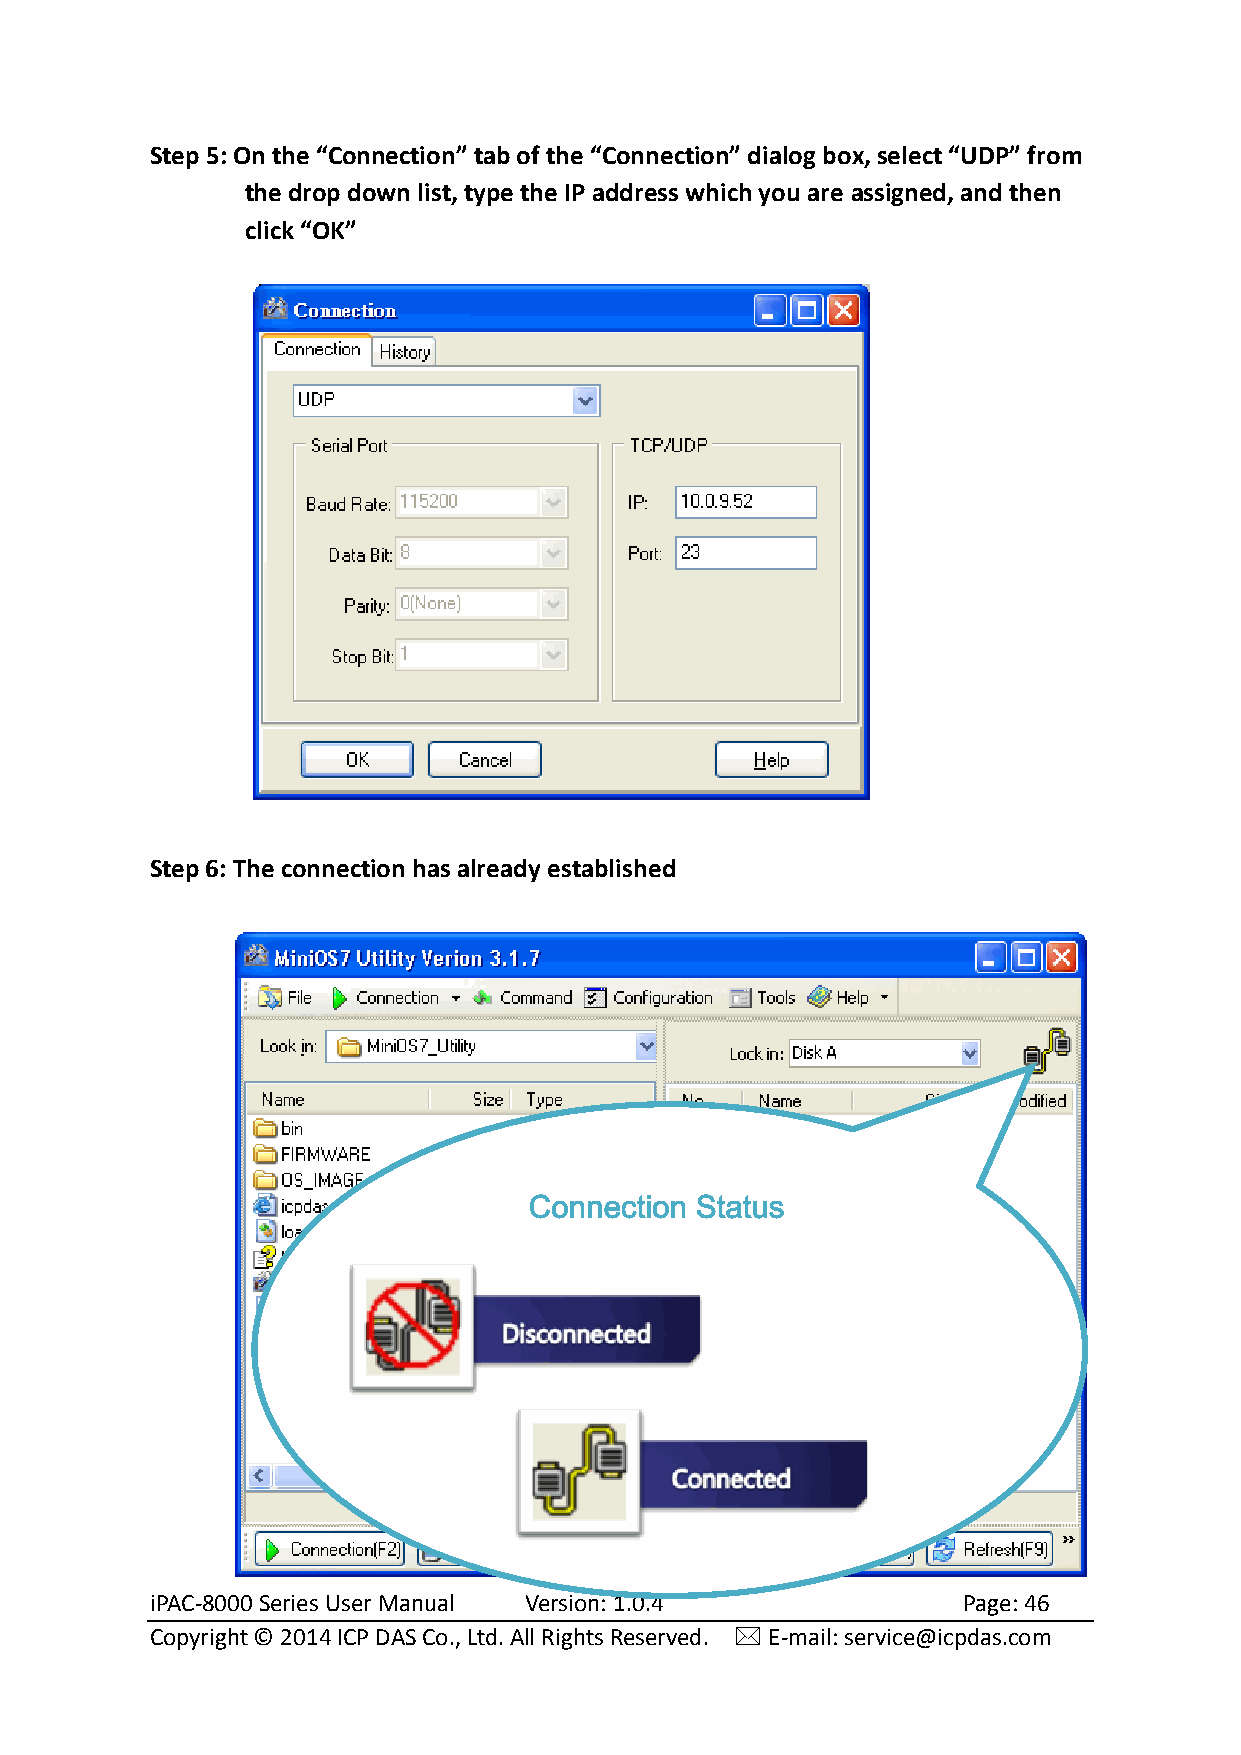
Step 5: On the “Connection” tab of the “Connection” dialog box, select “UDP” from
 the drop down list, type the IP address which you are assigned, and then
 click “OK”
 Step 6: The connection has already established
 Connection Status
 iPAC-8000 Series User Manual Version: 1.0.4           Page: 46
 Copyright © 2014 ICP DAS Co., Ltd. All Rights Reserved.  E-mail: service@icpdas.com